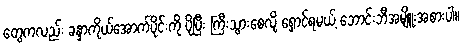
တွေကလည်း ခန္ဒာကိုယ်အောက်ပိုင်းကို ပိုပြီး ကြီးသွားစေလို့ ရှောင်ရမယ့် ဘောင်းဘီအမျိူးအစားပါ။